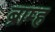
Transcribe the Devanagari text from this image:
ब्राम्ह